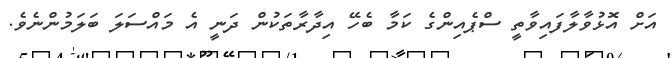
އަށް އޮޅުވާލާފައިވާތީ ސްޕެއިންގެ ކަމާ ބެހޭ އިދާރާތަކުން ދަނީ އެ މައްސަލަ ބަލަމުންނެވެ.